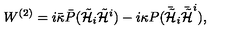
W ^ { ( 2 ) } = i \bar { \kappa } \bar { P } ( { \tilde { \cal H } } _ { i } { \tilde { \cal H } } ^ { i } ) - i \kappa P ( \bar { { \tilde { \cal H } } } _ { i } \bar { { \tilde { \cal H } } } ^ { i } ) ,